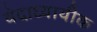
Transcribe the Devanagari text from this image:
वेदाध्यायीक